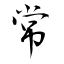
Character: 常